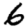
Digit: 6